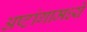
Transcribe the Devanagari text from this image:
अष्टांगामध्ये